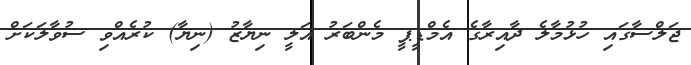
ޖަލްސާގައި ހުޅުމާލެ ދާއިރާގެ އެމްޑީޕީ މެންބަރު އަލީ ނިޔާޒު (ނިޔާ) ކުރެއްވި ސުވާލަކަށް